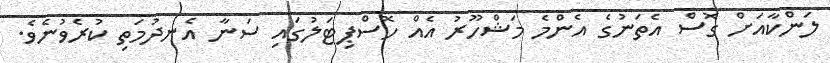
ލަންކާއަށް ގޮސް އެތަނުގެ އެންމެ މަޝްހޫރު އެއް ހޮސްޕިޓަލުގައި ސަނާ އެނދުމަތި ކުރެވުނެވެ.